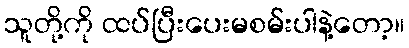
သူတို့ကို ထပ်ပြီးပေးမစမ်းပါနဲ့တော့။